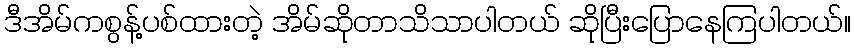
ဒီအိမ်ကစွန့်ပစ်ထားတဲ့ အိမ်ဆိုတာသိသာပါတယ် ဆိုပြီးပြောနေကြပါတယ်။